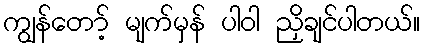
ကျွန်တော့် မျက်မှန် ပါဝါ ညှိချင်ပါတယ်။